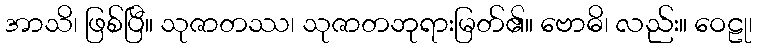
အာသိ၊ ဖြစ်ပြီ။ သုဇာတဿ၊ သုဇာတဘုရားမြတ်၏။ ဗောဓိ၊ လည်း။ ဝေဠု၊